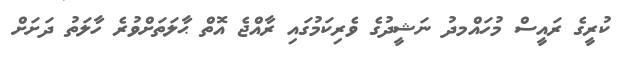
ކުރީގެ ރައީސް މުހައްމދު ނަޝީދުގެ ވެރިކަމުގައި ރާއްޖެ އޮތް ޙާލަތަށްވުރެ ހާލަތު ދަށަށް